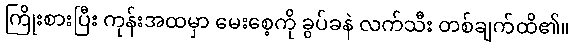
ကြိုးစားပြီး ကုန်းအထမှာ မေးစေ့ကို ခွပ်ခနဲ လက်သီး တစ်ချက်ထိ၏။